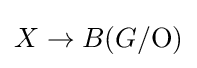
X\to B(G/{\textrm {O}})